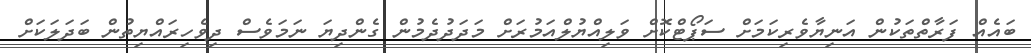
ބައެއް ފަރާތްތަކުން އަނިޔާވެރިކަމަށް ސަޕޯޓްކޮށް ވަލިއްޔުލްއަމުރަށް މަދަދުދެމުން ގެންދިޔަ ނަމަވެސް ދިވެހިރައްޔިތުން ބަދަލަކަށް